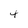
Character: 4